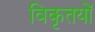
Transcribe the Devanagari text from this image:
विकृतयों